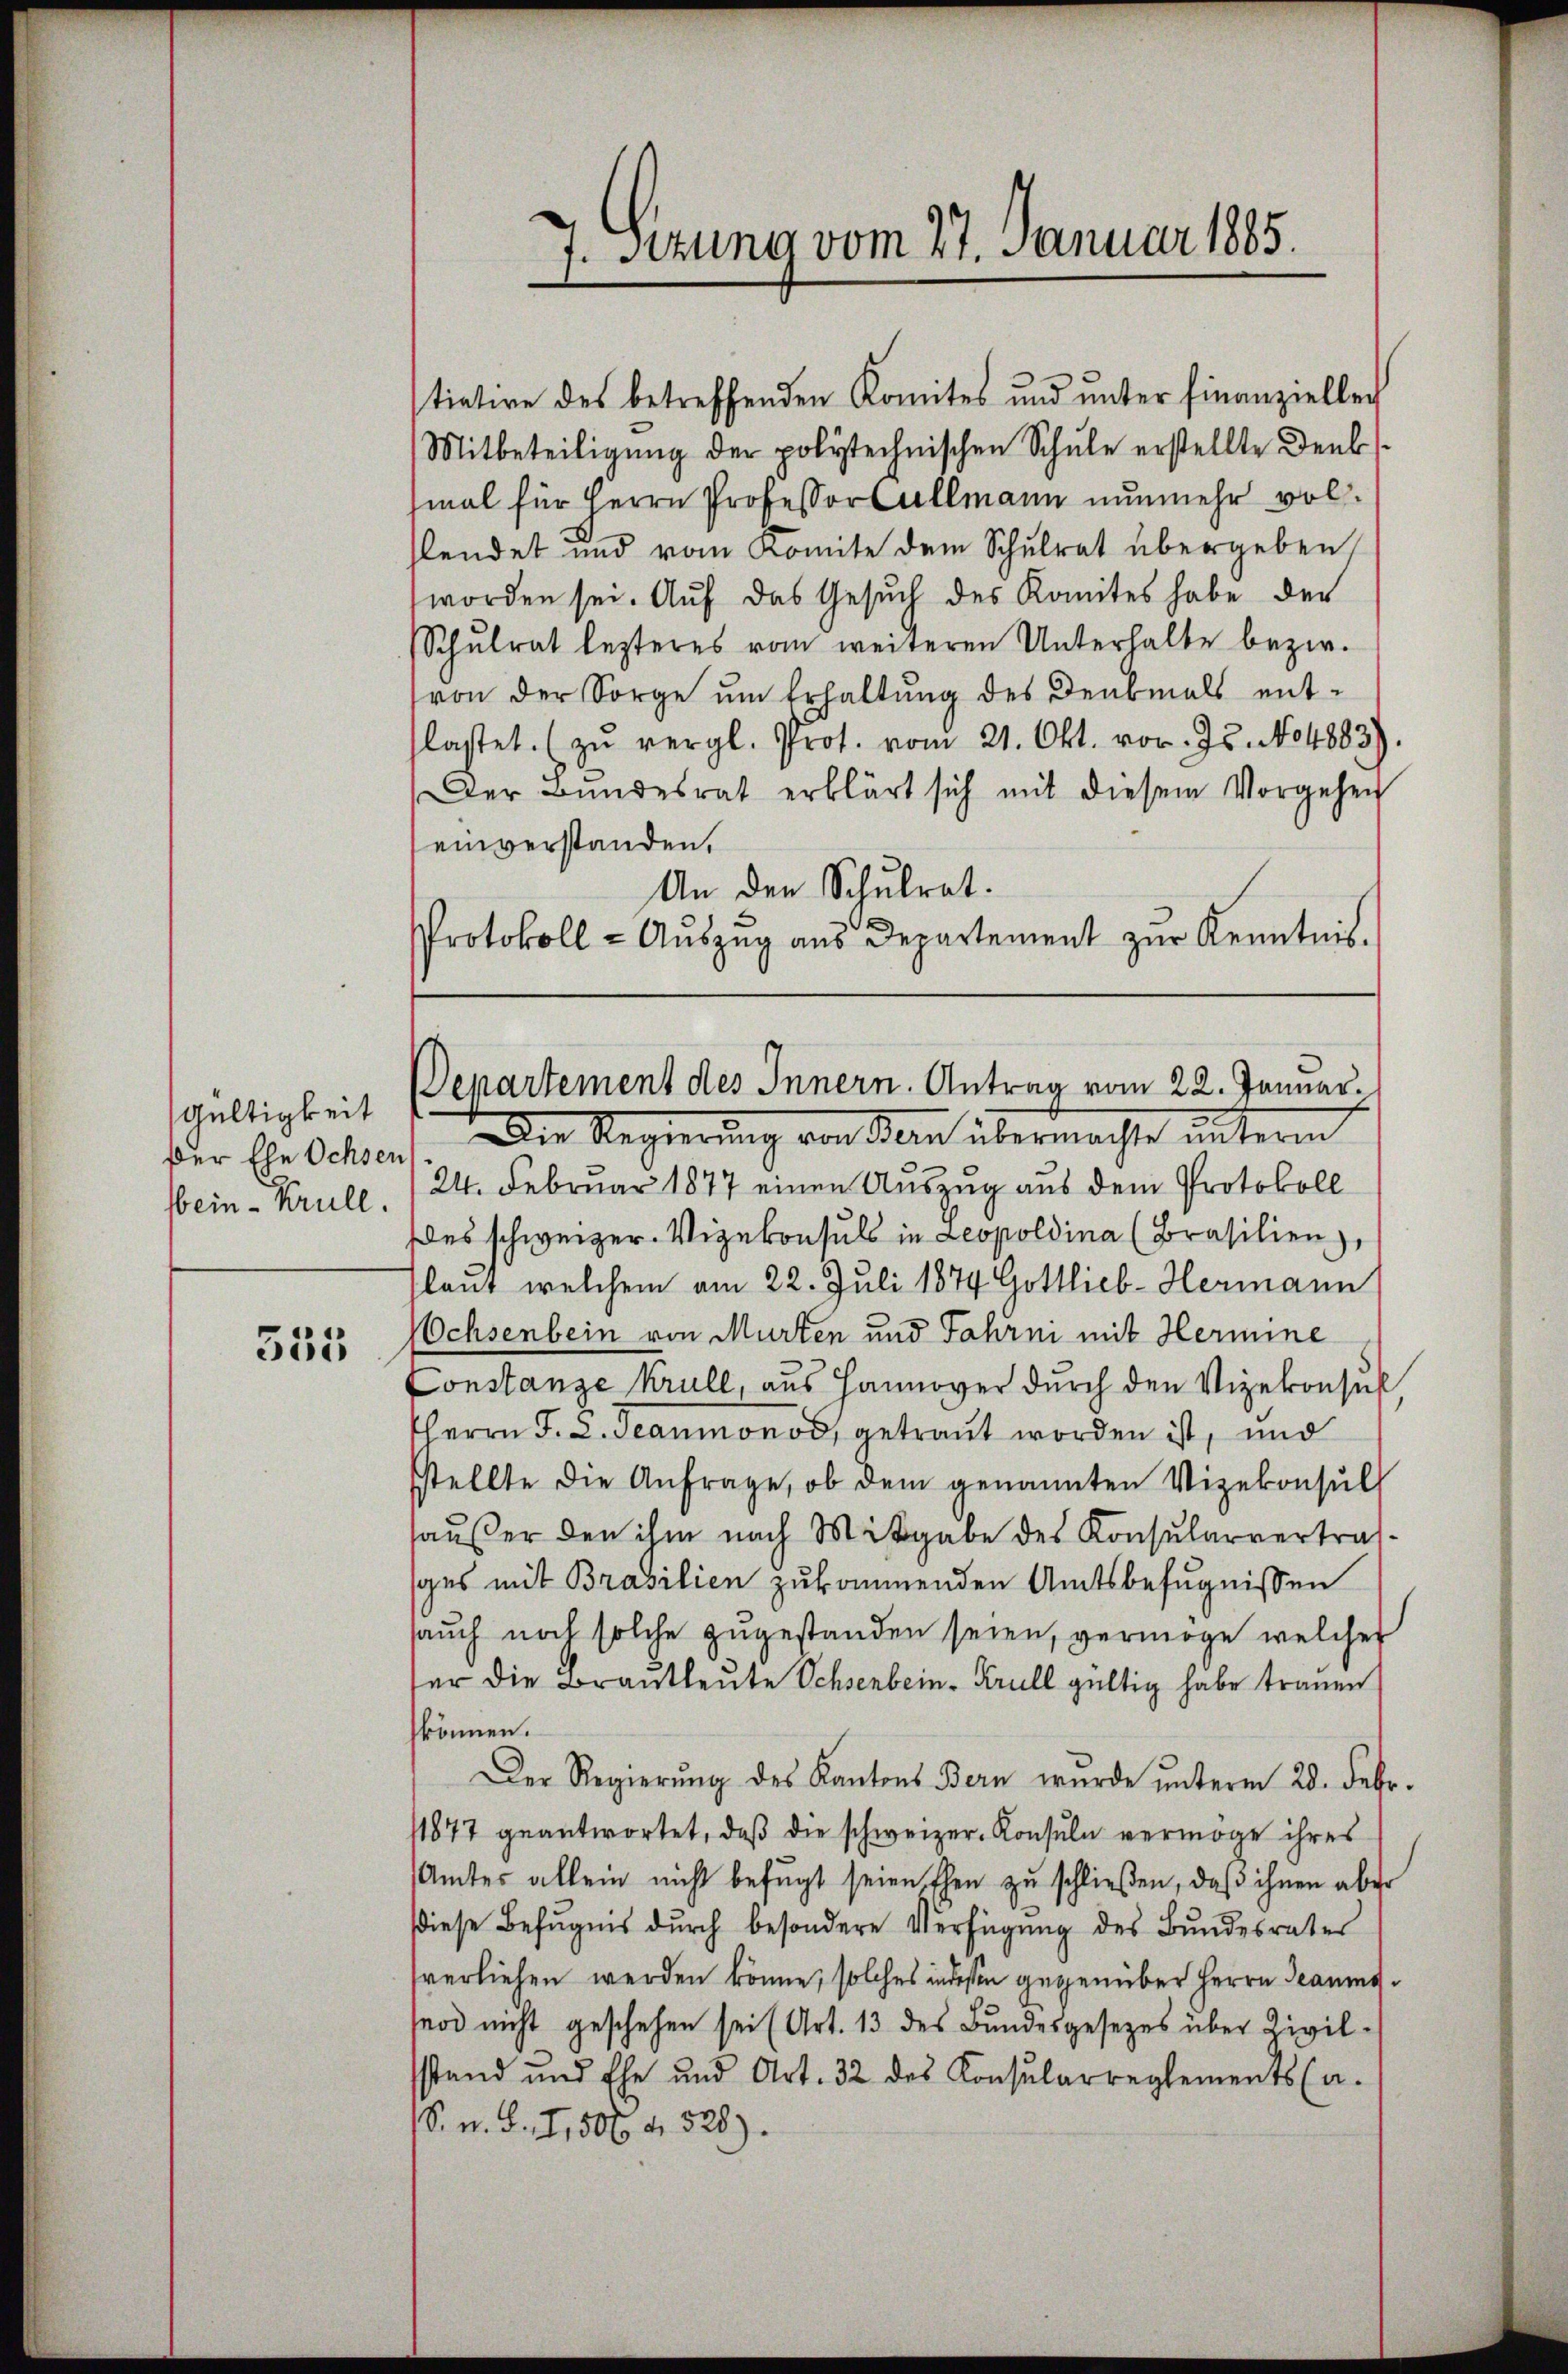
Gültigkeit
Der Ehe Ochsen
fbein-Krull.

535

tiative des betreffenden Komites und ŭnter finanziellei
Mitbeteiligung der polytechnischen Schule erstellte Denksmal für Herrn Professor Cullmann nunmehr volsendet und vom Komite dem Schulrat übergeben
worden sei. Auf das Gesuch des Komites habe der
Schŭlrat lezteres vom weiteren Unterhalte bezir
von der Sorge um Erhaltung des Denkmals ent-
lastet. (zŭ vergl. Prot. vom 21. Okt. vor. Js. No 4883).
Der Bŭndesrat erklärt sich mit diesem Vorgehen
einverstanden.
An den Schulrat.
Protokoll - Aŭszŭg aŭs Departement zur Kenntnis.

7. Sizuno vom 27. Januar 1885.

Departement des Innern. Antrag vom 22. Januar.

Die Regierung von Bern übermachte unterm
24. Februar 1877 einen Auszug aus dem Protokoll
des schweizer. Vizekonsuls in Leopoldina (Brasilien),
slaut welchem am 22. Juli 1874 Gottlieb-Hermann
Ochsenbein von Murten und Jahren mit Hermine
Constanze krull, aus Hannover durch den Vizekonsul
HHerrn F. 2. Jeaumonod, getraut worden ist, und
stellte die Anfrage, ob dem genannten Vizekonsul
haußer den ihm nach Mitgabe des Konsularvertrafges mit Brasilien zukommenden Amtsbefugnissen
sauch noch solche zugestanden seien, vermöge, welcher
er die Brautleute Ochsenbein-Krull gültig habe trauen
können.
Der Regierŭng des Kantons Bern wurde ŭnterm 28. Febr.
11877 geantwortet, daß die schweizer-Konsuln vermöge ihres
Amtes allein nicht befŭgt seien Ehen zŭ schließen, daβ ihnen aber
diese Befugnis dŭrch besondere Verfügŭng des Bŭndesrates
verliehen werden könne, solches indessen gegenüber Herrn Saumsnod nicht geschehen sei (Art. 13 des Bundesgesezes über Zivil-
stand und Ehe und Art. 32 des Konsularreglements (a.
S. n. F. I, 506 f. 528).